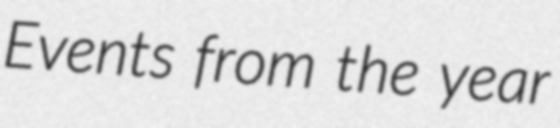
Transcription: Events from the year